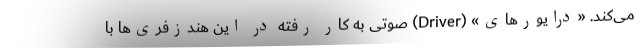
می‌کند. «درایورهای» (Driver) صوتی به کار رفته در این هندزفری‌ها با